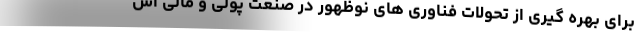
برای بهره گیری از تحولات فناوری های نوظهور در صنعت پولی و مالی اس